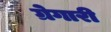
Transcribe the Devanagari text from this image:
ग्रेगारी